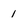
Character: 1